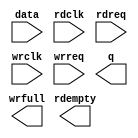
// megafunction wizard: %FIFO%VBB%
// GENERATION: STANDARD
// VERSION: WM1.0
// MODULE: dcfifo 

// ============================================================
// Megafunction Name(s):
// 			dcfifo
//
// Simulation Library Files(s):
// 			altera_mf
// ============================================================
// ************************************************************
// THIS IS A WIZARD-GENERATED FILE. DO NOT EDIT THIS FILE!
//
// 13.0.1 Build 232 06/12/2013 SP 1 SJ Web Edition
// ************************************************************

//Copyright (C) 1991-2013 Altera Corporation
//Your use of Altera Corporation's design tools, logic functions 
//and other software and tools, and its AMPP partner logic 
//functions, and any output files from any of the foregoing 
//(including device programming or simulation files), and any 
//associated documentation or information are expressly subject 
//to the terms and conditions of the Altera Program License 
//Subscription Agreement, Altera MegaCore Function License 
//Agreement, or other applicable license agreement, including, 
//without limitation, that your use is for the sole purpose of 
//programming logic devices manufactured by Altera and sold by 
//Altera or its authorized distributors.  Please refer to the 
//applicable agreement for further details.

module q16 (
	data,
	rdclk,
	rdreq,
	wrclk,
	wrreq,
	q,
	rdempty,
	wrfull);

	input	[7:0]  data;
	input	  rdclk;
	input	  rdreq;
	input	  wrclk;
	input	  wrreq;
	output	[7:0]  q;
	output	  rdempty;
	output	  wrfull;

endmodule

// ============================================================
// CNX file retrieval info
// ============================================================
// Retrieval info: PRIVATE: AlmostEmpty NUMERIC "0"
// Retrieval info: PRIVATE: AlmostEmptyThr NUMERIC "-1"
// Retrieval info: PRIVATE: AlmostFull NUMERIC "0"
// Retrieval info: PRIVATE: AlmostFullThr NUMERIC "-1"
// Retrieval info: PRIVATE: CLOCKS_ARE_SYNCHRONIZED NUMERIC "0"
// Retrieval info: PRIVATE: Clock NUMERIC "4"
// Retrieval info: PRIVATE: Depth NUMERIC "1024"
// Retrieval info: PRIVATE: Empty NUMERIC "1"
// Retrieval info: PRIVATE: Full NUMERIC "1"
// Retrieval info: PRIVATE: INTENDED_DEVICE_FAMILY STRING "Cyclone V"
// Retrieval info: PRIVATE: LE_BasedFIFO NUMERIC "0"
// Retrieval info: PRIVATE: LegacyRREQ NUMERIC "1"
// Retrieval info: PRIVATE: MAX_DEPTH_BY_9 NUMERIC "0"
// Retrieval info: PRIVATE: OVERFLOW_CHECKING NUMERIC "0"
// Retrieval info: PRIVATE: Optimize NUMERIC "0"
// Retrieval info: PRIVATE: RAM_BLOCK_TYPE NUMERIC "0"
// Retrieval info: PRIVATE: SYNTH_WRAPPER_GEN_POSTFIX STRING "0"
// Retrieval info: PRIVATE: UNDERFLOW_CHECKING NUMERIC "0"
// Retrieval info: PRIVATE: UsedW NUMERIC "1"
// Retrieval info: PRIVATE: Width NUMERIC "8"
// Retrieval info: PRIVATE: dc_aclr NUMERIC "0"
// Retrieval info: PRIVATE: diff_widths NUMERIC "0"
// Retrieval info: PRIVATE: msb_usedw NUMERIC "0"
// Retrieval info: PRIVATE: output_width NUMERIC "8"
// Retrieval info: PRIVATE: rsEmpty NUMERIC "1"
// Retrieval info: PRIVATE: rsFull NUMERIC "0"
// Retrieval info: PRIVATE: rsUsedW NUMERIC "0"
// Retrieval info: PRIVATE: sc_aclr NUMERIC "0"
// Retrieval info: PRIVATE: sc_sclr NUMERIC "0"
// Retrieval info: PRIVATE: wsEmpty NUMERIC "0"
// Retrieval info: PRIVATE: wsFull NUMERIC "1"
// Retrieval info: PRIVATE: wsUsedW NUMERIC "0"
// Retrieval info: LIBRARY: altera_mf altera_mf.altera_mf_components.all
// Retrieval info: CONSTANT: INTENDED_DEVICE_FAMILY STRING "Cyclone V"
// Retrieval info: CONSTANT: LPM_NUMWORDS NUMERIC "1024"
// Retrieval info: CONSTANT: LPM_SHOWAHEAD STRING "OFF"
// Retrieval info: CONSTANT: LPM_TYPE STRING "dcfifo"
// Retrieval info: CONSTANT: LPM_WIDTH NUMERIC "8"
// Retrieval info: CONSTANT: LPM_WIDTHU NUMERIC "10"
// Retrieval info: CONSTANT: OVERFLOW_CHECKING STRING "ON"
// Retrieval info: CONSTANT: RDSYNC_DELAYPIPE NUMERIC "4"
// Retrieval info: CONSTANT: UNDERFLOW_CHECKING STRING "ON"
// Retrieval info: CONSTANT: USE_EAB STRING "ON"
// Retrieval info: CONSTANT: WRSYNC_DELAYPIPE NUMERIC "4"
// Retrieval info: USED_PORT: data 0 0 8 0 INPUT NODEFVAL "data[7..0]"
// Retrieval info: USED_PORT: q 0 0 8 0 OUTPUT NODEFVAL "q[7..0]"
// Retrieval info: USED_PORT: rdclk 0 0 0 0 INPUT NODEFVAL "rdclk"
// Retrieval info: USED_PORT: rdempty 0 0 0 0 OUTPUT NODEFVAL "rdempty"
// Retrieval info: USED_PORT: rdreq 0 0 0 0 INPUT NODEFVAL "rdreq"
// Retrieval info: USED_PORT: wrclk 0 0 0 0 INPUT NODEFVAL "wrclk"
// Retrieval info: USED_PORT: wrfull 0 0 0 0 OUTPUT NODEFVAL "wrfull"
// Retrieval info: USED_PORT: wrreq 0 0 0 0 INPUT NODEFVAL "wrreq"
// Retrieval info: CONNECT: @data 0 0 8 0 data 0 0 8 0
// Retrieval info: CONNECT: @rdclk 0 0 0 0 rdclk 0 0 0 0
// Retrieval info: CONNECT: @rdreq 0 0 0 0 rdreq 0 0 0 0
// Retrieval info: CONNECT: @wrclk 0 0 0 0 wrclk 0 0 0 0
// Retrieval info: CONNECT: @wrreq 0 0 0 0 wrreq 0 0 0 0
// Retrieval info: CONNECT: q 0 0 8 0 @q 0 0 8 0
// Retrieval info: CONNECT: rdempty 0 0 0 0 @rdempty 0 0 0 0
// Retrieval info: CONNECT: wrfull 0 0 0 0 @wrfull 0 0 0 0
// Retrieval info: GEN_FILE: TYPE_NORMAL q16.v TRUE
// Retrieval info: GEN_FILE: TYPE_NORMAL q16.inc FALSE
// Retrieval info: GEN_FILE: TYPE_NORMAL q16.cmp FALSE
// Retrieval info: GEN_FILE: TYPE_NORMAL q16.bsf FALSE
// Retrieval info: GEN_FILE: TYPE_NORMAL q16_inst.v FALSE
// Retrieval info: GEN_FILE: TYPE_NORMAL q16_bb.v TRUE
// Retrieval info: LIB_FILE: altera_mf